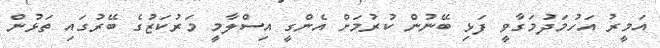
އަމީރު އަހުމަދުމަގާވީ ފަޅި ބޭނުން ކުރުމަށް އެންގީ އިސްލާމީ މަރުކަޒުގެ ބޭރުގައި ތަޅުން